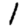
Digit: 1